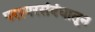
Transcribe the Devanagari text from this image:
परस्परसंबंधातून